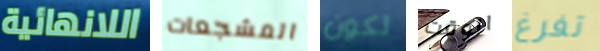
اللانهائية المشجعات تكون الوقت تفرغ